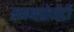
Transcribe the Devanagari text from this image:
स्नमप्रोगेटी